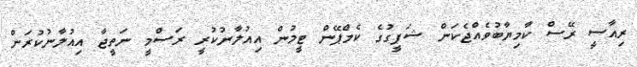
ރިއާސީ ރޭސް ކާމިޔާބުވެއްޖެކަން ޝަފީގުގެ ކެމްޕޭން ޓީމުން އިއުލާނުކުރީ ރަސްމީ ނަތީޖާ އިއުލާނުކުރަން